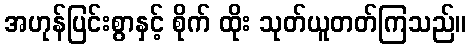
အဟုန်ပြင်းစွာနှင့် စိုက် ထိုး သုတ်ယူတတ်ကြသည်။